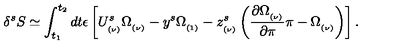
\delta ^ { s } S \simeq \int _ { t _ { 1 } } ^ { t _ { 2 } } d t \epsilon \left[ U _ { _ { ( \nu ) } } ^ { s } \Omega _ { _ { ( \nu ) } } - y ^ { s } \Omega _ { _ { ( 1 ) } } - z _ { _ { ( \nu ) } } ^ { s } \left( { \frac { \partial \Omega _ { _ { ( \nu ) } } } { \partial \pi } } \pi - \Omega _ { _ { ( \nu ) } } \right) \right] .